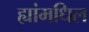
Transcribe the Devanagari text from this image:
ह्यांमधिल